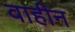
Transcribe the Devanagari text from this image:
वाहीन